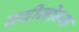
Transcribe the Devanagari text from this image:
क्वीनोन्स